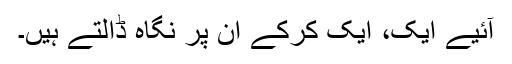
آئیے ایک، ایک کرکے ان پر نگاہ ڈالتے ہیں۔